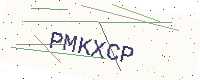
Text: PMKXCP